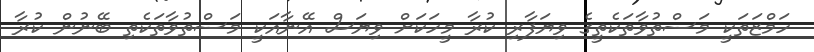
ހަމްޒަތަކީ މަސްތުވާތަކެތީގެ ވިޔަފާރި ކުރާ މީހަކަށް ވިޔަސް އޭނާއަކީ މަސްތުވާތަކެތި ބޭނުން ކުރާ